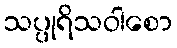
သပ္ပုရိသဝါစော